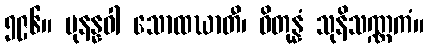
၅၉၆။ ပုနန္နဝါ သောထဃာတီ၊ ဝိတုန္နံ သုနိသဏ္ဏကံ။